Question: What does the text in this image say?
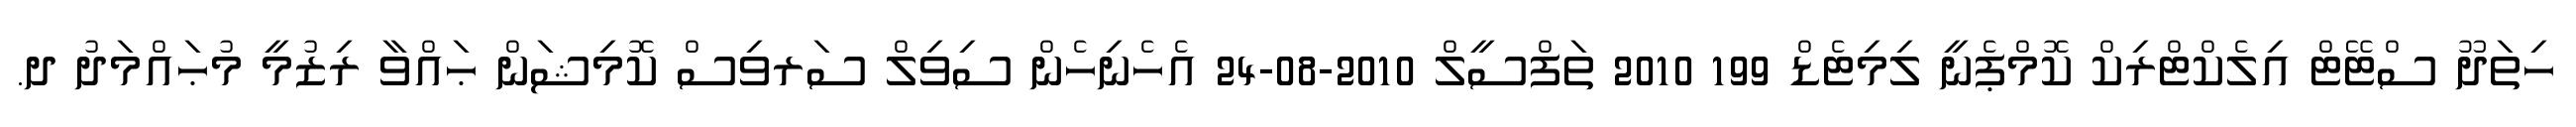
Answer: ހިތަދޫ ސްޓޭޓް އިލެކްޓްރިކް ކޮމްޕެނީ ލިމިޓެޑް 199 2010 ތަފްސީލް 2010-08-24 އެހެނިހެން ސިވިލް ސަރވިސް ކޮމިޝަން ޙައްވާ ރިޒުމީ މުޙައްމަދު ދ.